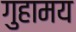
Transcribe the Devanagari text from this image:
गुहामय